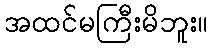
အထင်မကြီးမိဘူး။